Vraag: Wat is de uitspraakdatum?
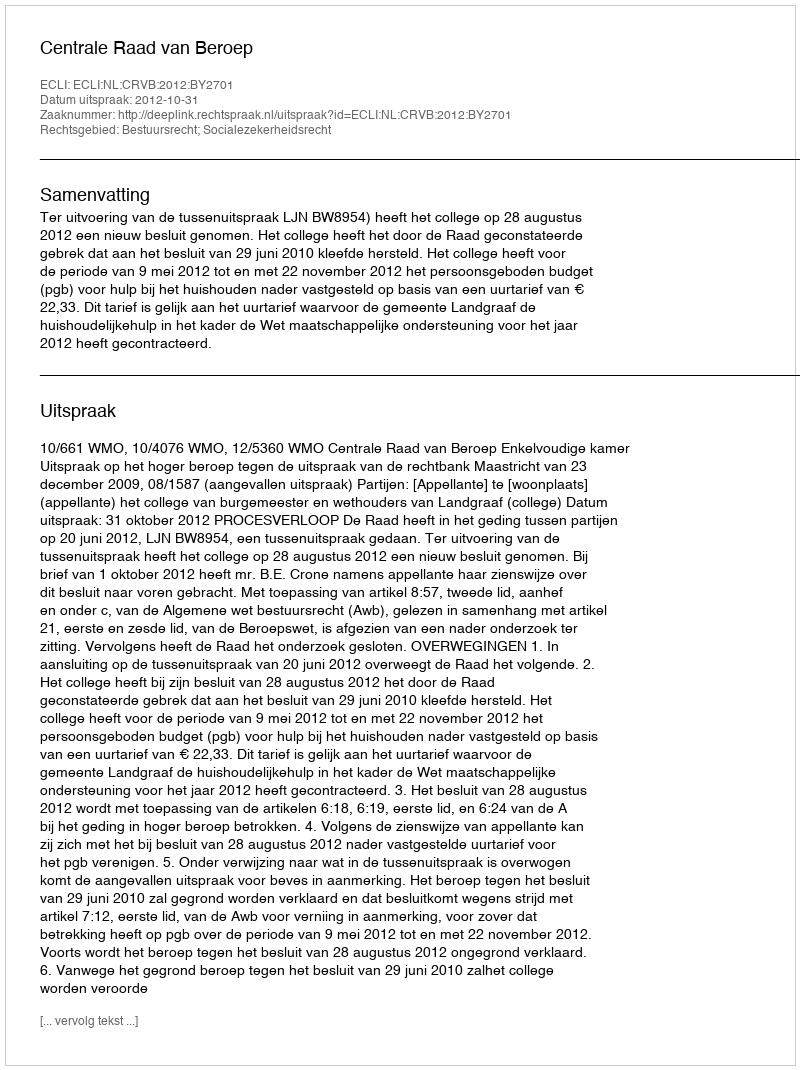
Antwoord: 2012-10-31